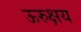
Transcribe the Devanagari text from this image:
ऊरुक्षय